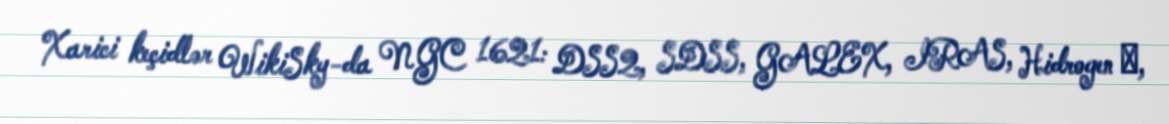
Xarici keçidlər WikiSky-da NGC 1621: DSS2, SDSS, GALEX, IRAS, Hidrogen α,